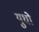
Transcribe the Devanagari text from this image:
युधो